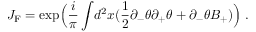
J _ { \mathrm { { F } } } = \exp \Bigl ( \frac { i } { \pi } \int \! d ^ { 2 } x ( \frac { 1 } { 2 } \partial _ { - } \theta \partial _ { + } \theta + \partial _ { - } \theta B _ { + } ) \Bigr ) \; .